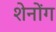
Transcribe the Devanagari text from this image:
शेनोंग